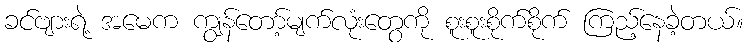
ခင်ဗျားရဲ့ အမေက ကျွန်တော့်မျက်လုံးတွေကို စူးစူးစိုက်စိုက် ကြည့်နေခဲ့တယ်။